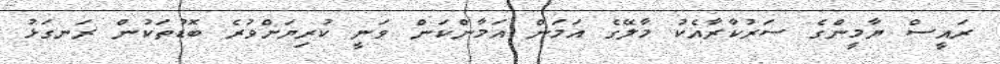
ރައީސް ޔާމީންގެ ސަރުކާރާއެކު މާލޭގެ އަމަން އަމާންކަން ވަނީ ކުރިޔަށްވުރެ ބޮޑުތަކުން ރަނގަޅު